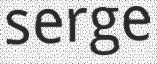
serge